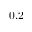
0 . 2